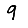
Digit: 9